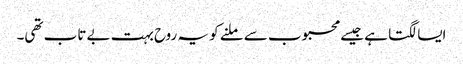
ایسا لگتا ہے جیسے محبوب سے ملنے کو یہ روح بہت بے تاب تھی۔